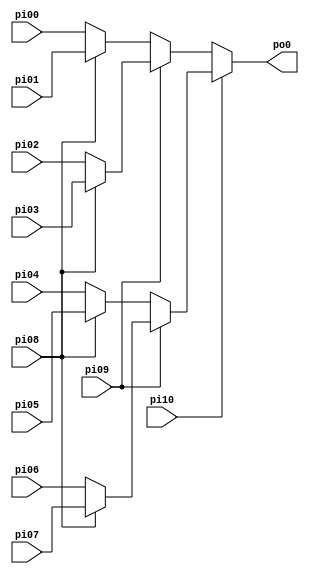
// Benchmark "mux_cl" written by ABC on Thu Mar 19 13:02:36 2020

module mux_cl ( 
    pi00, pi01, pi02, pi03, pi04, pi05, pi06, pi07, pi08, pi09, pi10,
    po0  );
  input  pi00, pi01, pi02, pi03, pi04, pi05, pi06, pi07, pi08, pi09,
    pi10;
  output po0;
  assign po0 = pi10 ? (pi09 ? (pi08 ? pi07 : pi06) : (pi08 ? pi05 : pi04)) : (pi09 ? (pi08 ? pi03 : pi02) : (pi08 ? pi01 : pi00));
endmodule